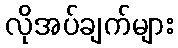
လိုအပ်ချက်များ